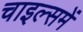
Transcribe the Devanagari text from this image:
चाइल्समें